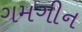
ગમગીન